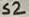
Text: S2